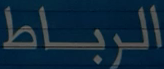
الرباط